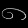
Digit: ၈